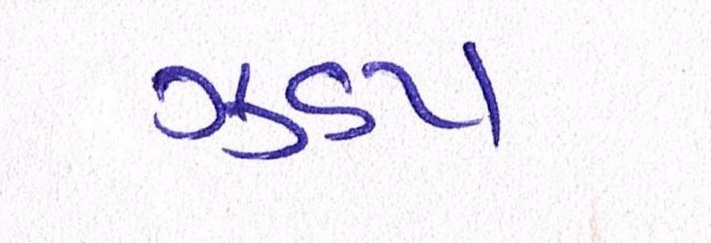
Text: ઝડપ